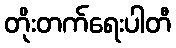
တိုးတက်ရေးပါတီ